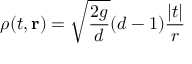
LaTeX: \rho ( t , { \bf r } ) = \sqrt { \frac { 2 g } { d } } ( d - 1 ) { \frac { | t | } { r } }